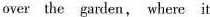
over the garden, where it